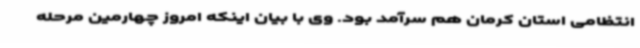
انتظامی استان کرمان هم سرآمد بود. وی با بیان اینکه امروز چهارمین مرحله